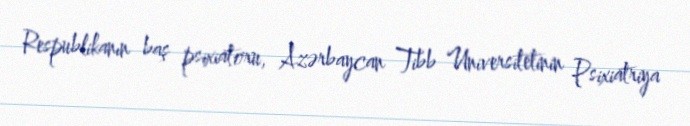
Respublikanın baş psixiatoru, Azərbaycan Tibb Universitetinin Psixiatriya